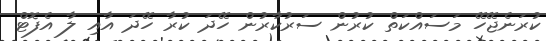
ކުރަނެޖޭހޭ މަސައްކަތް ކުރުން ސަރުކާރުން ހޭދަ ކުރާ ހޭދަ އާއި ލާ އެފޮޓް